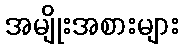
အမျိုးအစားများ